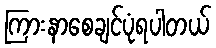
ကြားနာစေချင်ပုံရပါတယ်